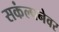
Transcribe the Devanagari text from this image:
सकंल्पनेवर